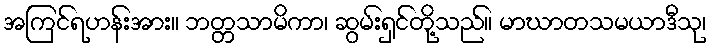
အကြင်ရဟန်းအား။ ဘတ္တသာမိကာ၊ ဆွမ်းရှင်တို့သည်။ မာဃာတသမယာဒီသု၊